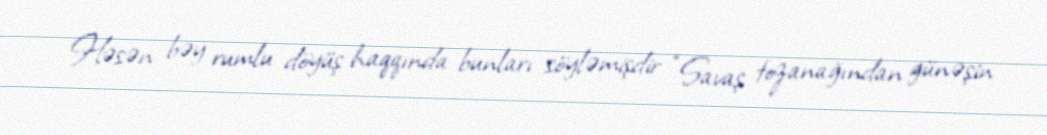
Həsən bəy rumlu döyüş haqqında bunları söyləmişdir “Savaş tozanağından günəşin